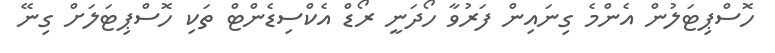
ހޮސްޕިޓަލުން އެންމެ ގިނައިން ފަރުވާ ހޯދަނީ ރޯޑް އެކްސިޑެންޓް ތަކި ހޮސްޕިޓަލަށް ގިނޭ